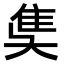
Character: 𨾎